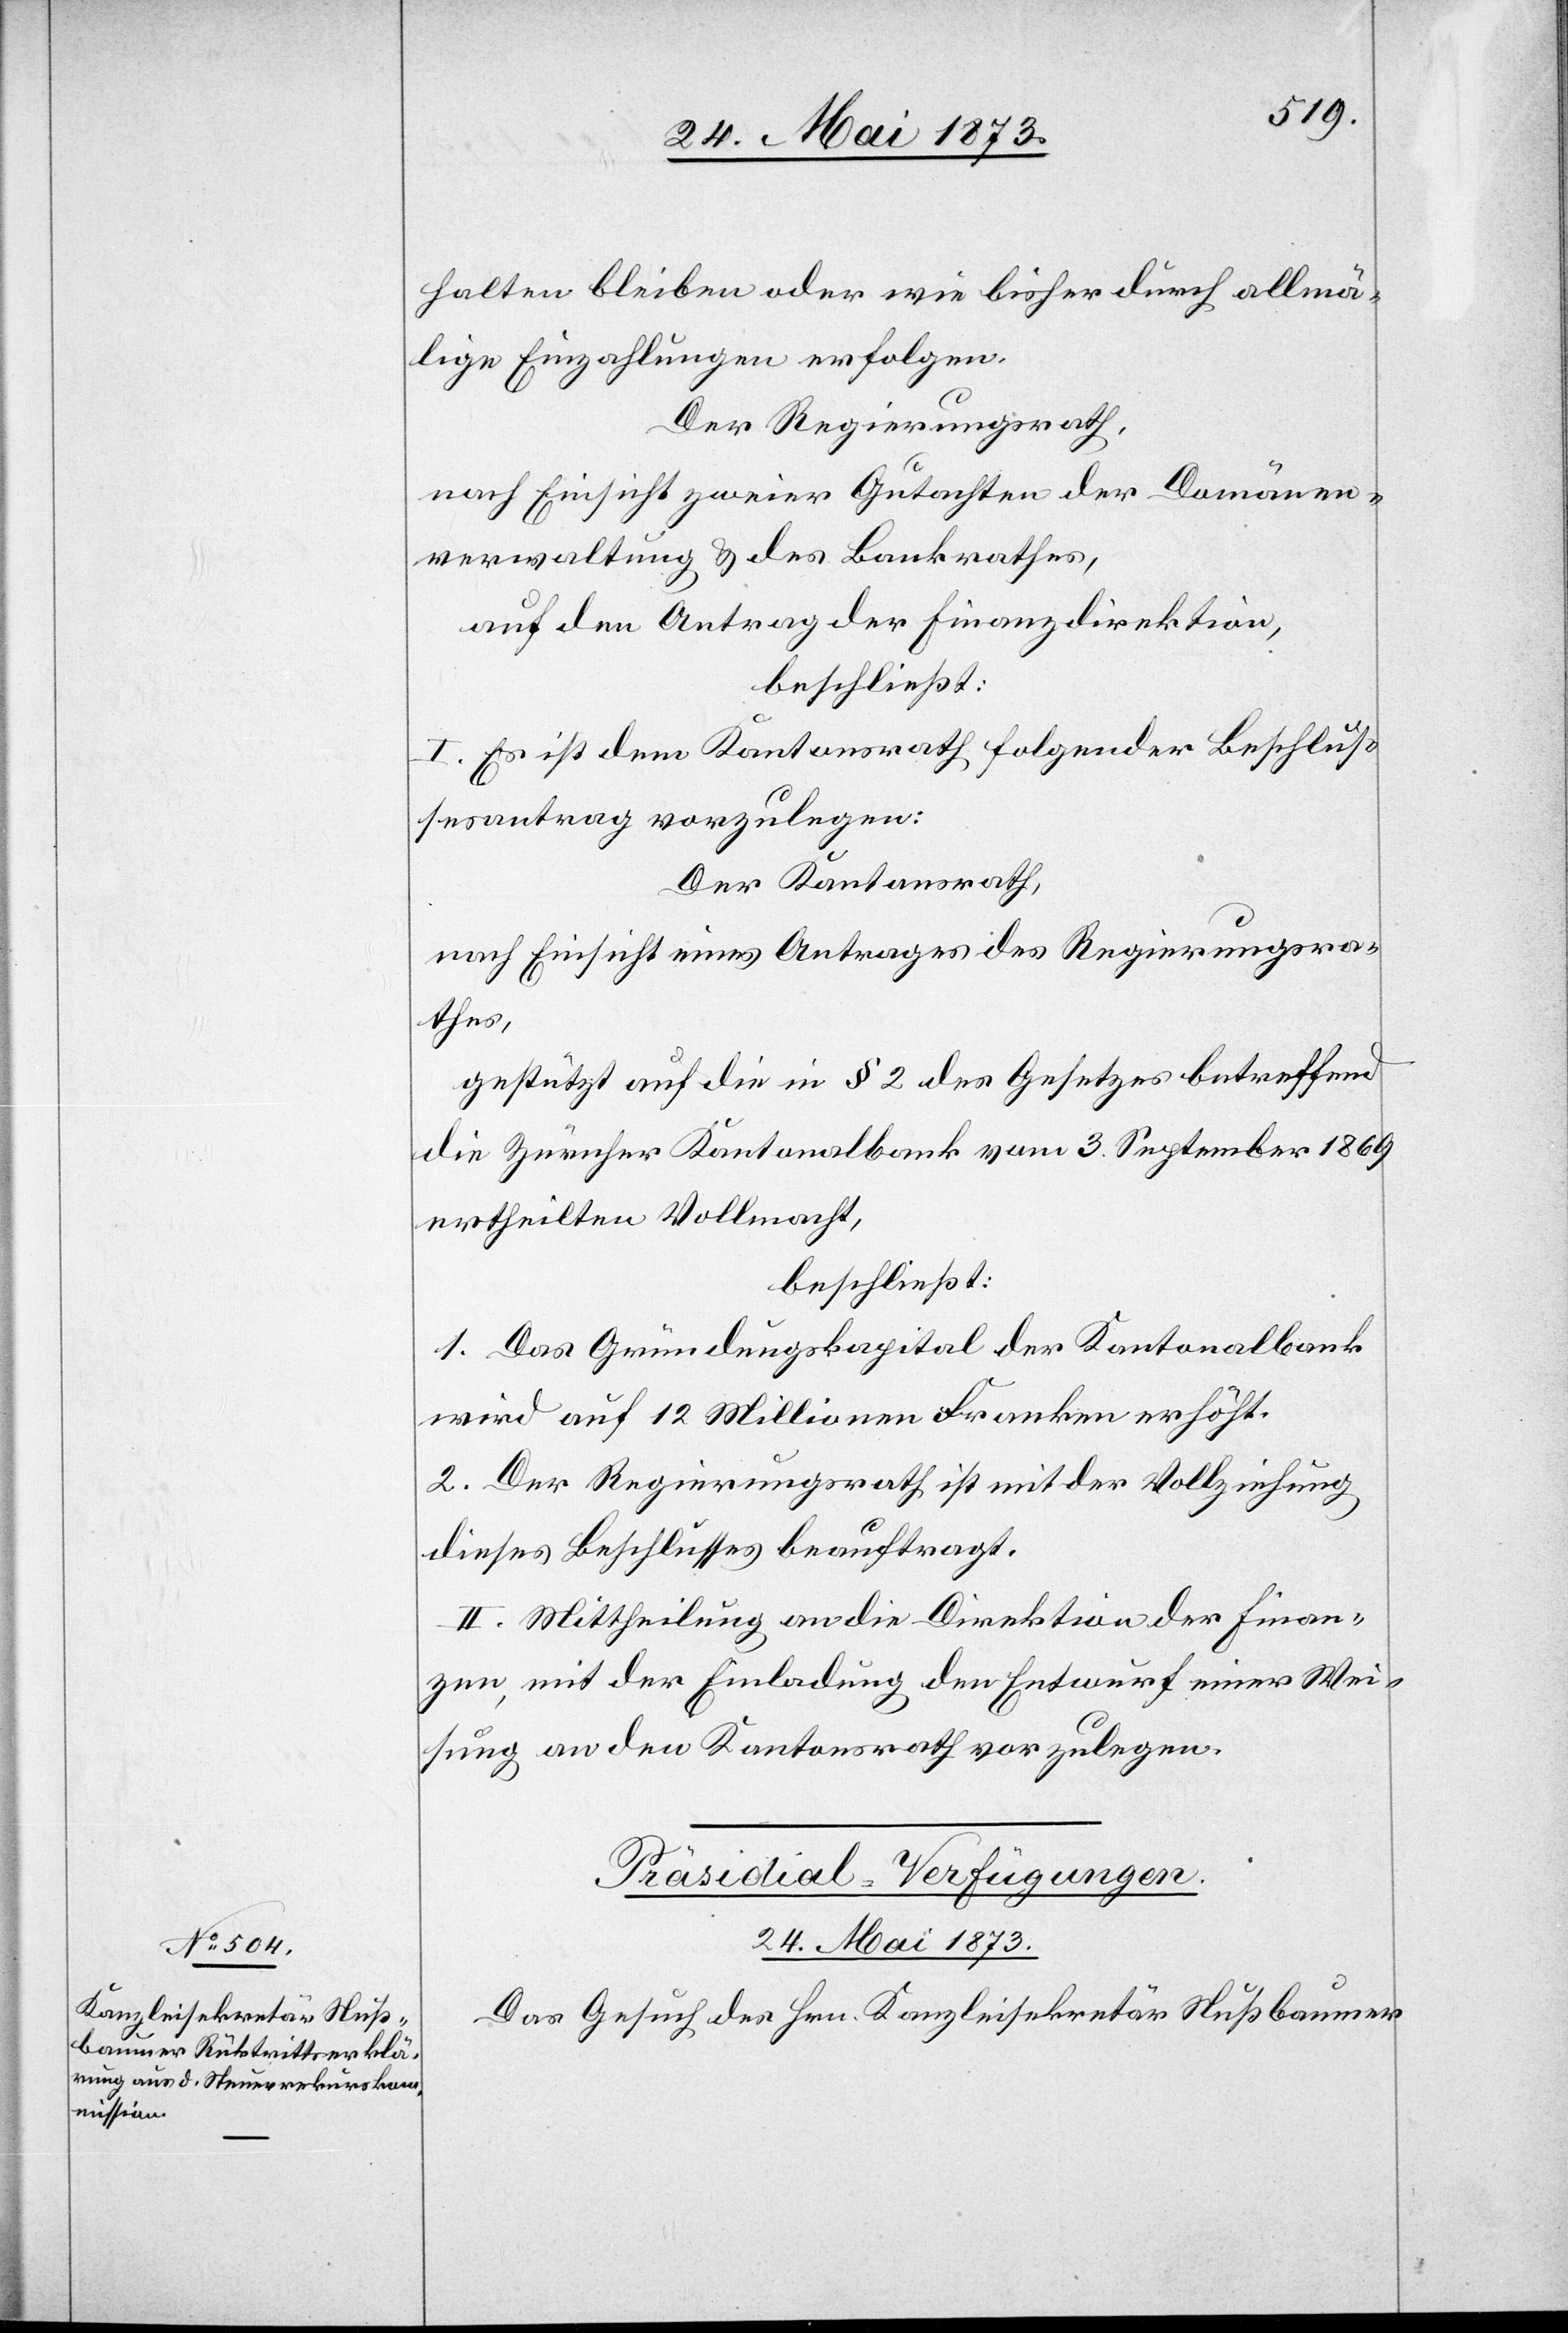
halten bleiben oder wie bisher durch allmä¬
lige Einzahlungen erfolgen.
Der Regierungsrath,
nach Einsicht zweier Gutachten der Domänen¬
verwaltung & des Bankrathes,
auf den Antrag der Finanzdirektion,
beschließt:
I. Es ist dem Kantonsrath folgender Beschlus¬
sesantrag vorzulegen:
Der Kantonsrath,
nach Einsicht eines Antrages des Regierungsra¬
thes,
gestützt auf die in § 2 des Gesetzes betreffend
die Zürcher Kantonalbank vom 3. September 1869
beschließt:
1. Das Gründungskapital der Kantonalbank
wird auf 12 Millionen Franken erhöht.
2. Der Regierungsrath ist mit der Vollziehung
dieses Beschlusses beauftragt.
3. Mittheilung an die Direktion der Finan¬
zen, mit der Einladung den Entwurf einer Wei¬
sung an den Kantonsrath vorzulegen.
Präsidial-Verfügungen.
24. Mai 1873.
Das Gesuch des Hrn. Kanzleisekretär Nußbaumer